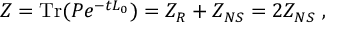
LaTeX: { \cal Z } = \mathrm { T r } ( P e ^ { - t L _ { 0 } } ) = { \cal Z } _ { R } + { \cal Z } _ { N S } = 2 { \cal Z } _ { N S } \ ,